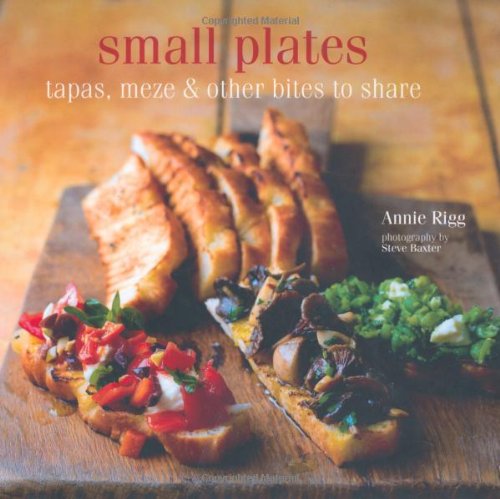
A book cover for Small Plates: Tapas, Meze Etc and Other Plates to Share; Annie Rigg; Cookbooks, Food & Wine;